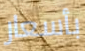
بأسعار